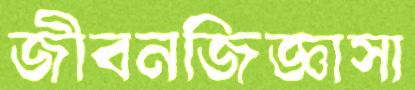
জীবনজিজ্ঞাসা